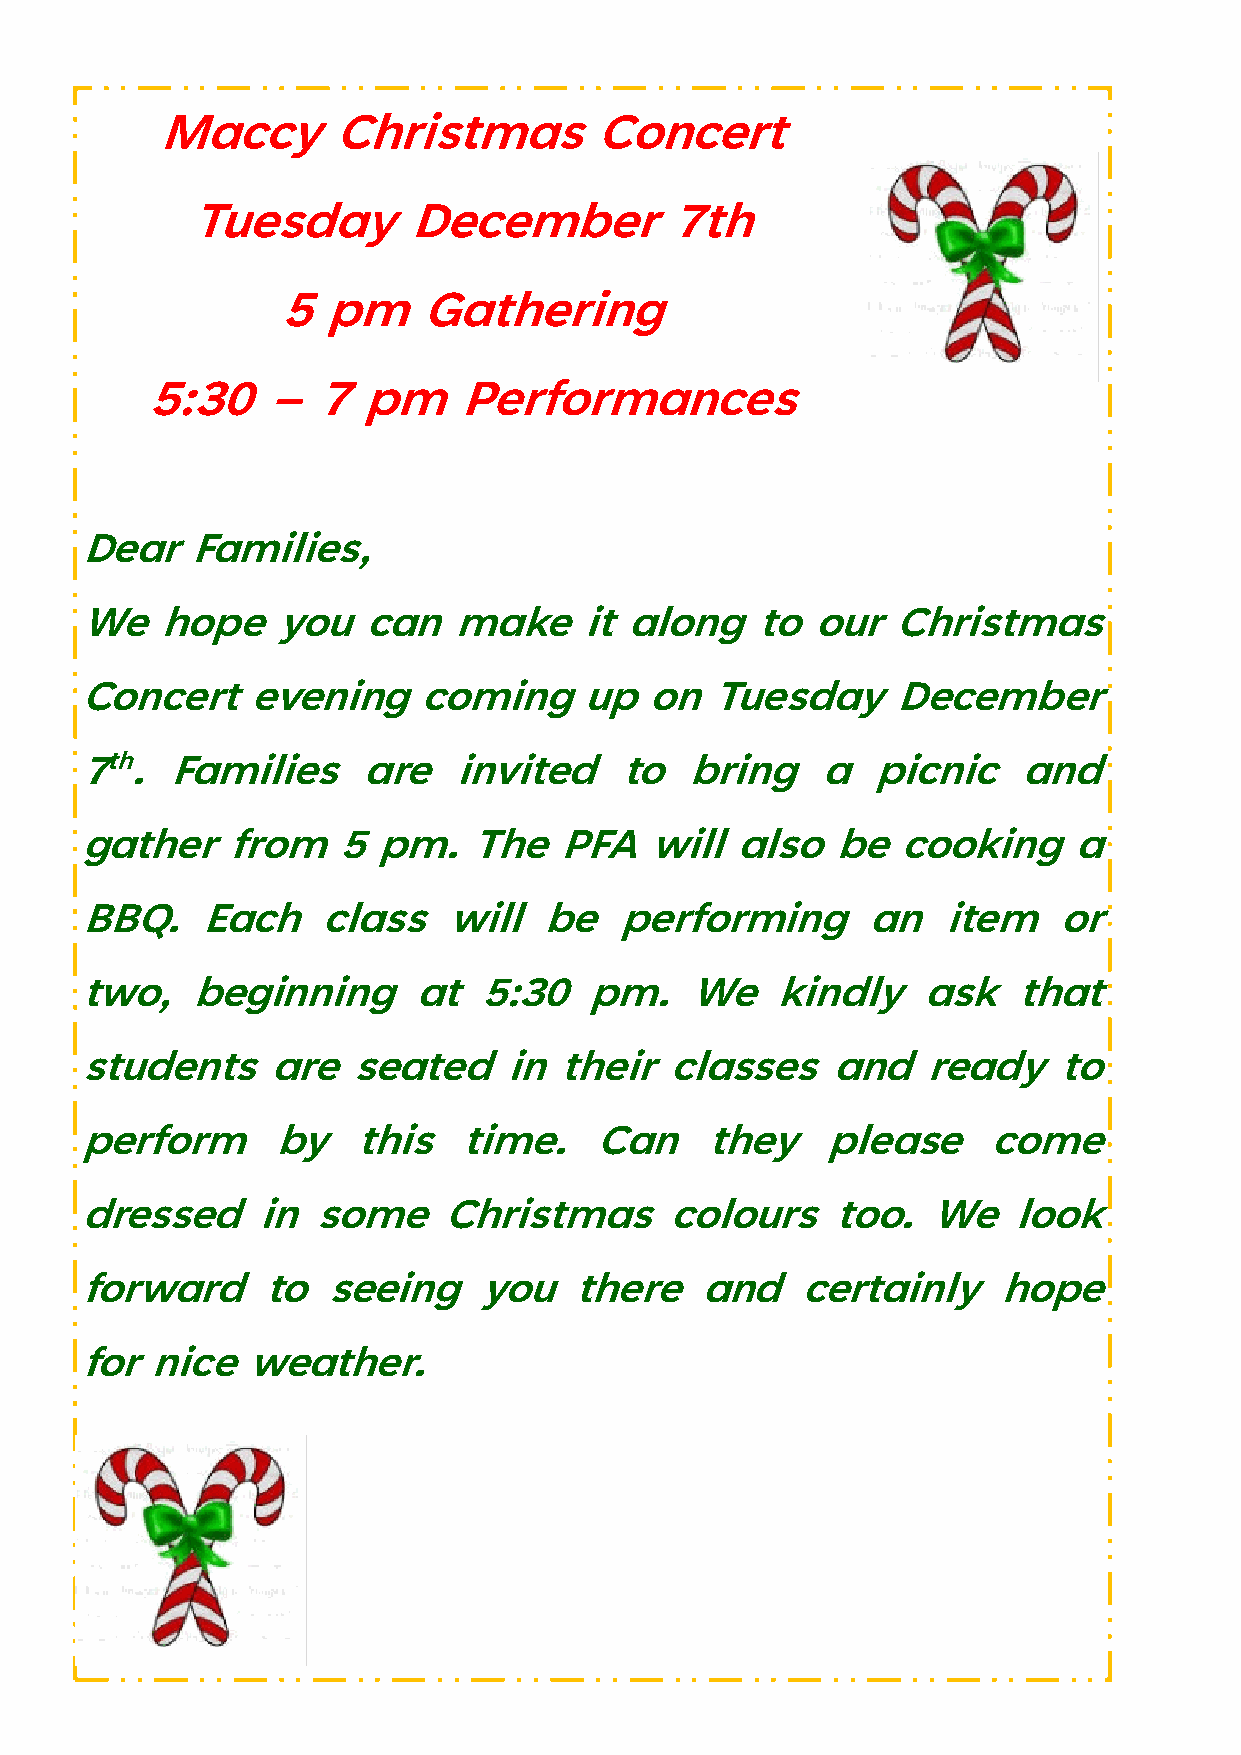
Maccy      Christmas         Concert
 Tuesday       December          7th
 5  pm    Gathering
 5:30    –  7  pm     Performances
 Dear   Families,
 We   hope    you   can   make    it along    to our   Christmas
 Concert    evening    coming     up  on   Tuesday     December
 th
 7  .  Families    are    invited    to  bring    a  picnic    and
 gather    from   5 pm.    The  PFA   will  also   be  cooking     a
 BBQ.    Each    class   will  be   performing       an   item    or
 two,   beginning      at  5:30   pm.    We    kindly    ask   that
 students    are   seated    in their   classes   and    ready    to
 perform      by   this   time.    Can    they    please     come
 dressed     in some     Christmas      colours    too.  We    look
 forward     to  seeing    you   there    and    certainly    hope
 for nice   weather.